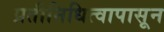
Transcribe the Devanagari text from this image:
प्रतीनिधित्वापासून